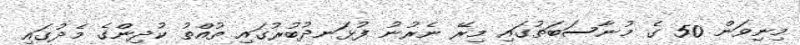
މިނިވަން 50 ގެ މުނާސަބަތުގައި މިރޭ ނެރުނު ފުޅަނދުބުރުގައި ތުއްތު ކުދިންގެ މެދުގައި